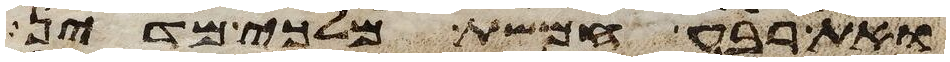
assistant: ואת רבע חמשת מלכי מדין